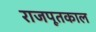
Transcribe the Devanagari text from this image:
राजपूतकाल